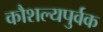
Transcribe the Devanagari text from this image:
कौशल्यपुर्वक